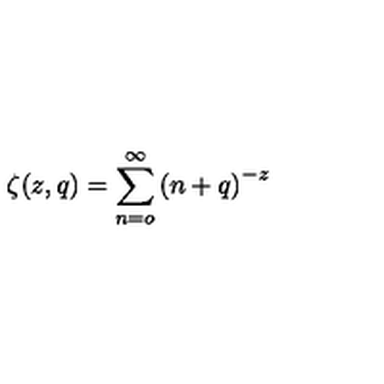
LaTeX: \zeta ( z , q ) = \sum _ { n = o } ^ { \infty } \left( n + q \right) ^ { - z }